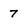
Character: 7